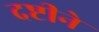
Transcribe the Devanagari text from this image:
दष्टीने